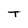
Character: T